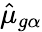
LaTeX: \hat{\mu}_{g\alpha}